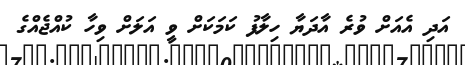
އަދި އެއަށް ވުރެ އާދަޔާ ހިލާފު ކަމަކަށް ވީ އަލަށް ވިހާ ކުއްޖެއްގެ